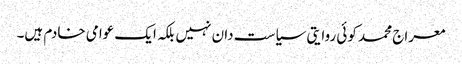
معراج محمد کوئی روایتی سیاست دان نہیں بلکہ ایک عوامی خادم ہیں۔